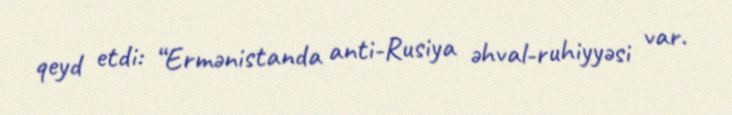
qeyd etdi: “Ermənistanda anti-Rusiya əhval-ruhiyyəsi var.